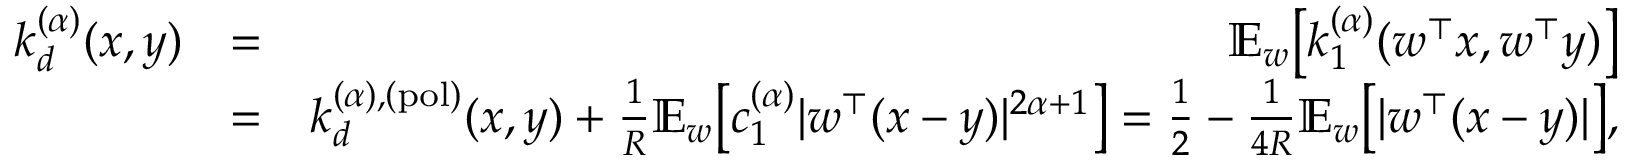
\begin{array} { r l r } { k _ { d } ^ { ( \alpha ) } ( x , y ) } & { = } & { { \mathbb E } _ { w } \big [ k _ { 1 } ^ { ( \alpha ) } ( w ^ { \top } x , w ^ { \top } y ) \big ] } \\ & { = } & { k _ { d } ^ { ( \alpha ) , ( \mathrm { p o l } ) } ( x , y ) + \frac { 1 } { R } { \mathbb E } _ { w } \big [ c _ { 1 } ^ { ( \alpha ) } | w ^ { \top } ( x - y ) | ^ { 2 \alpha + 1 } \big ] = \frac { 1 } { 2 } - \frac { 1 } { 4 R } { \mathbb E } _ { w } \big [ | w ^ { \top } ( x - y ) | \big ] , } \end{array}